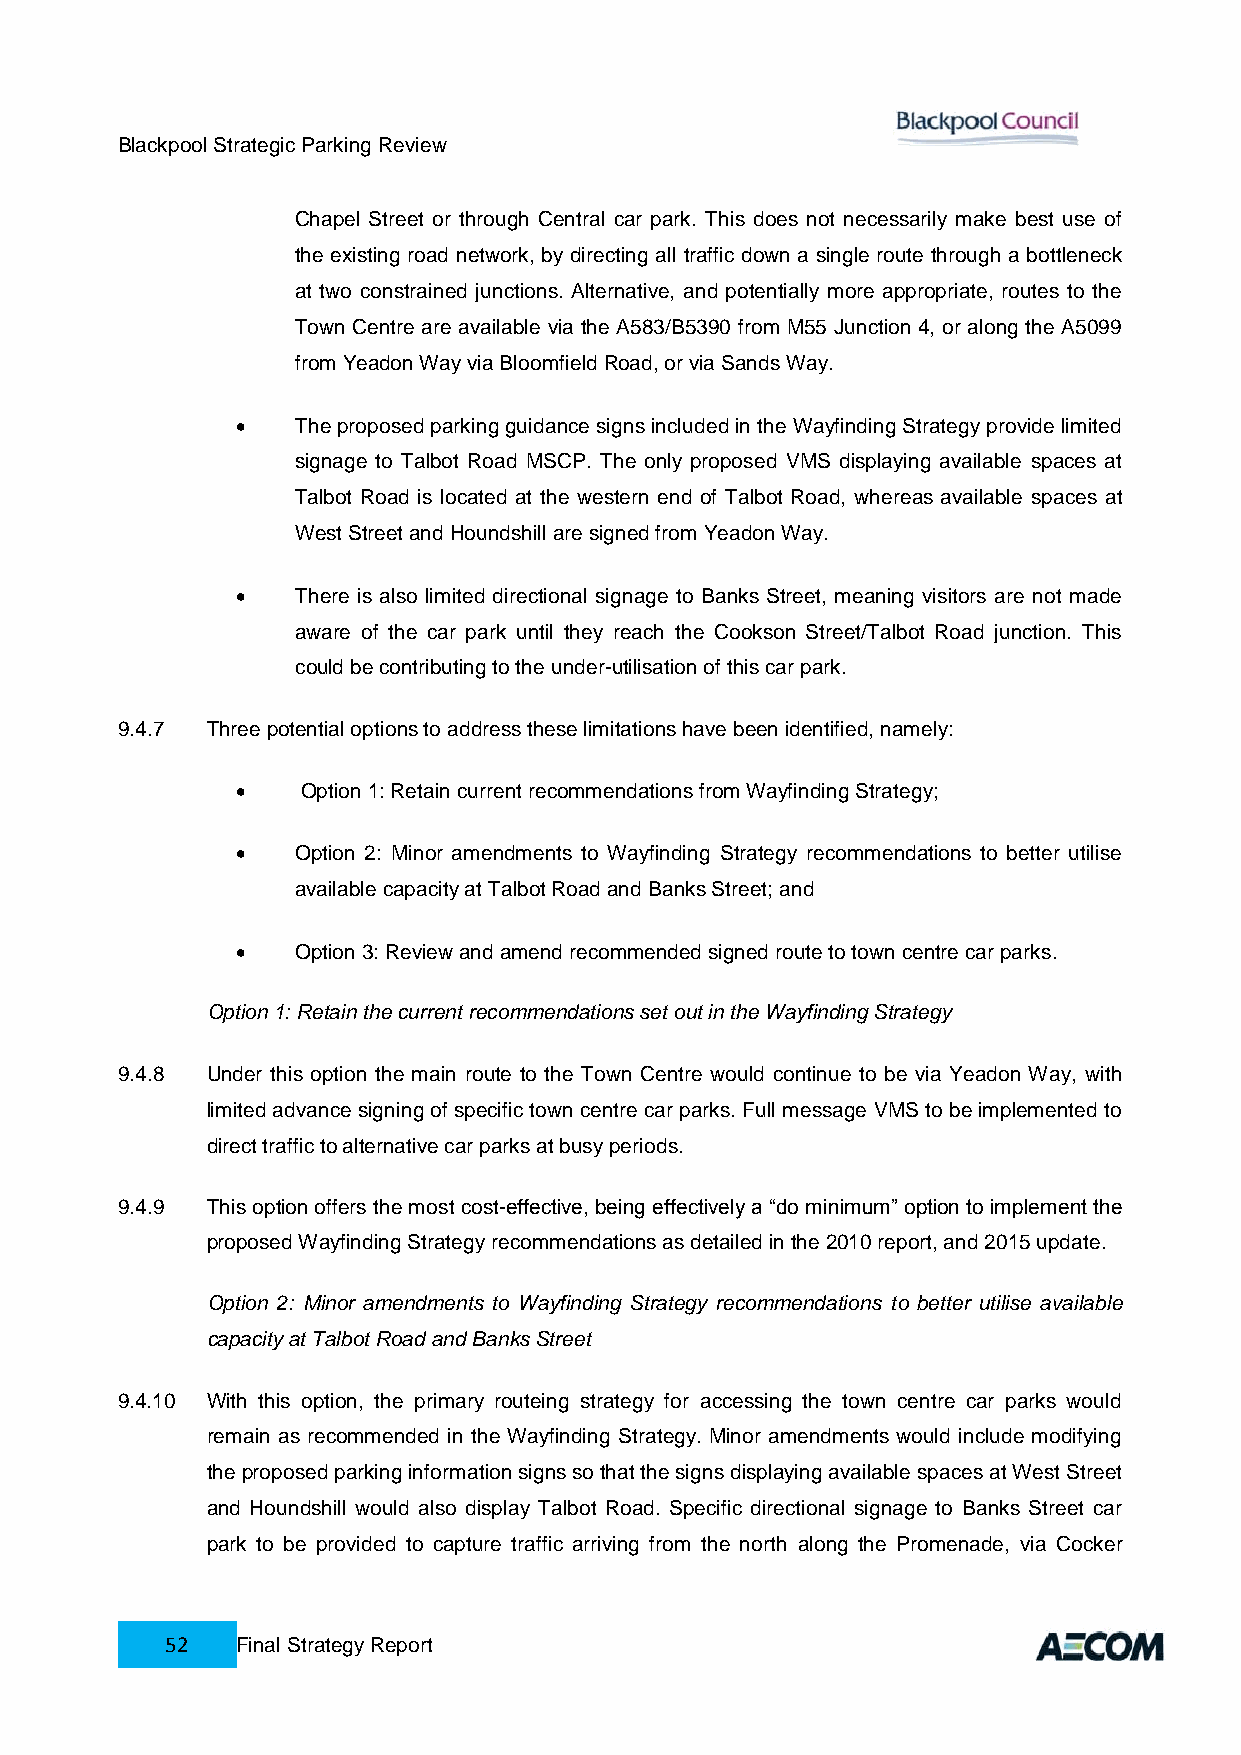
Blackpool Strategic Parking Review
 Chapel Street or through Central car park. This does not necessarily make best use of
 the existing road network, by directing all traffic down a single route through a bottleneck
 at two constrained junctions. Alternative, and potentially more appropriate, routes to the
 Town Centre are available via the A583/B5390 from M55 Junction 4, or along the A5099
 from Yeadon Way via Bloomfield Road, or via Sands Way.
    The proposed parking guidance signs included in the Wayfinding Strategy provide limited
 signage to Talbot Road MSCP. The only proposed VMS displaying available spaces at
 Talbot Road is located at the western end of Talbot Road, whereas available spaces at
 West Street and Houndshill are signed from Yeadon Way.
    There is also limited directional signage to Banks Street, meaning visitors are not made
 aware of the car park until they reach the Cookson Street/Talbot Road junction. This
 could be contributing to the under-utilisation of this car park.
 9.4.7 Three potential options to address these limitations have been identified, namely:
    Option 1: Retain current recommendations from Wayfinding Strategy;
    Option 2: Minor amendments to Wayfinding Strategy recommendations to better utilise
 available capacity at Talbot Road and Banks Street; and
    Option 3: Review and amend recommended signed route to town centre car parks.
 Option 1: Retain the current recommendations set out in the Wayfinding Strategy
 9.4.8 Under this option the main route to the Town Centre would continue to be via Yeadon Way, with
 limited advance signing of specific town centre car parks. Full message VMS to be implemented to
 direct traffic to alternative car parks at busy periods.
 9.4.9 This option offers the most cost-effective, being effectively a “do minimum” option to implement the
 proposed Wayfinding Strategy recommendations as detailed in the 2010 report, and 2015 update.
 Option 2: Minor amendments to Wayfinding Strategy recommendations to better utilise available
 capacity at Talbot Road and Banks Street
 9.4.10 With this option, the primary routeing strategy for accessing the town centre car parks would
 remain as recommended in the Wayfinding Strategy. Minor amendments would include modifying
 the proposed parking information signs so that the signs displaying available spaces at West Street
 and Houndshill would also display Talbot Road. Specific directional signage to Banks Street car
 park to be provided to capture traffic arriving from the north along the Promenade, via Cocker
 52   Final Strategy Report